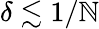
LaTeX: \delta\lesssim1/\mathbb{N}